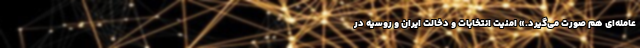
عامله‌ای هم صورت می‌گیرد.» امنیت انتخابات و دخالت ایران و روسیه در